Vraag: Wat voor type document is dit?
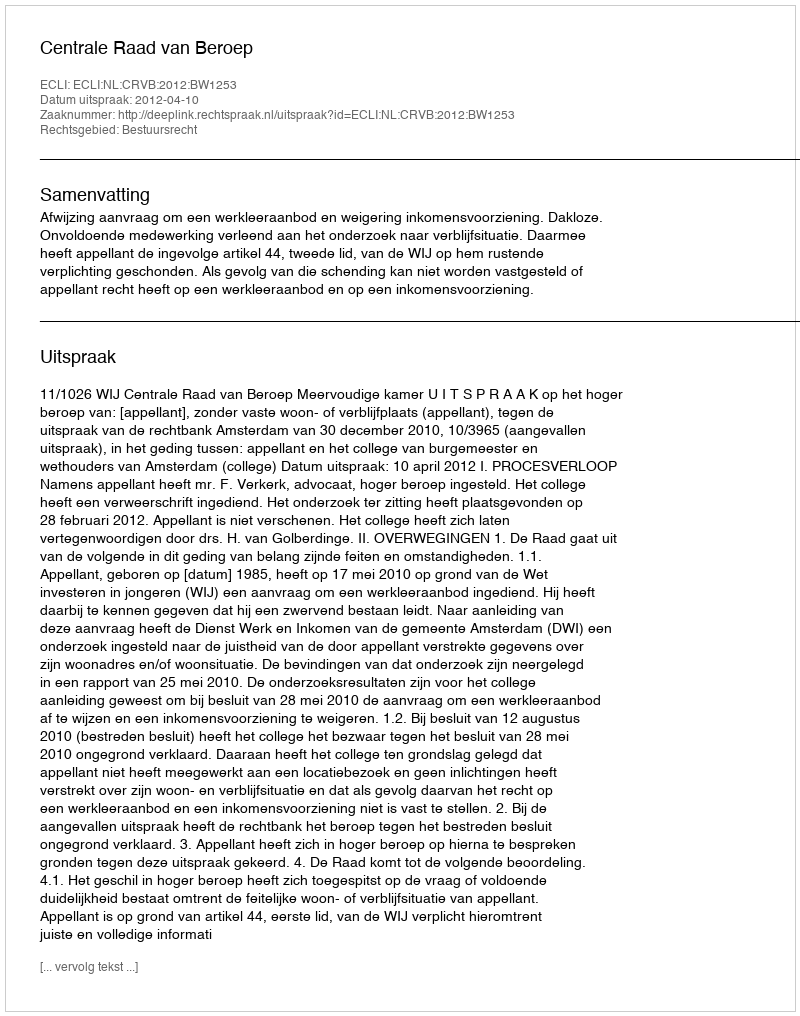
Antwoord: Uitspraak